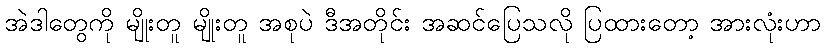
အဲဒါတွေကို မျိုးတူ မျိုးတူ အစုပဲ ဒီအတိုင်း အဆင်ပြေသလို ပြထားတော့ အားလုံးဟာ